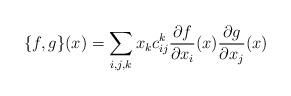
LaTeX: \begin{align*} \{f, g\} (x) = \sum_{i,j,k} x_k c^k_{ij} \frac{\partial f}{\partial x_i}(x) \frac{\partial g}{\partial x_j}(x)\end{align*}